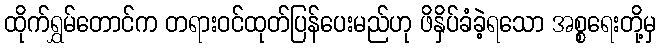
ထိုက်ရွှမ်တောင်က တရားဝင်ထုတ်ပြန်ပေးမည်ဟု ဖိနှိပ်ခံခဲ့ရသော အစ္စရေးတို့မှ